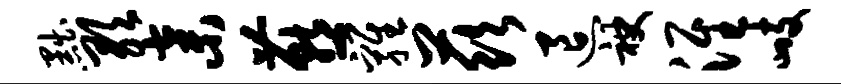
黜歌弃燕鸡兹退袂淮峙